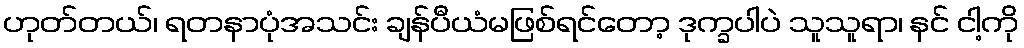
ဟုတ်တယ်၊ ရတနာပုံအသင်း ချန်ပီယံမဖြစ်ရင်တော့ ဒုက္ခပါပဲ သူသူရာ၊ နင် ငါ့ကို